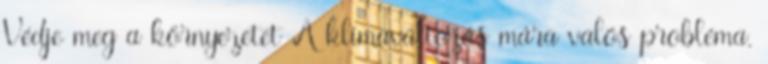
Védje meg a környezetet A klímaváltozás mára valós probléma.